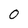
Character: 0